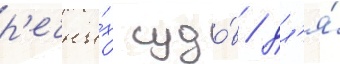
р'ечны́х судо́в / дл'я́